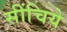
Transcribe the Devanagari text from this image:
सींचिये